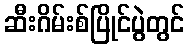
ဆီးဂိမ်းစ်ပြိုင်ပွဲတွင်